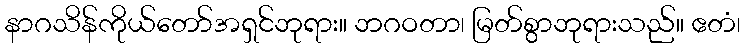
နာဂသိန်ကိုယ်တော်အရှင်ဘုရား။ ဘဂဝတာ၊ မြတ်စွာဘုရားသည်။ ဧတံ၊